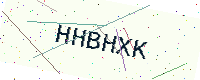
Text: HHBHXK